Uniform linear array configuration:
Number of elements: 48
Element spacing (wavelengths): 1
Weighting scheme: binomial
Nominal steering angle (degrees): -60
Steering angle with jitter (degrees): -59.748
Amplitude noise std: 0.05
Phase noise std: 0.05

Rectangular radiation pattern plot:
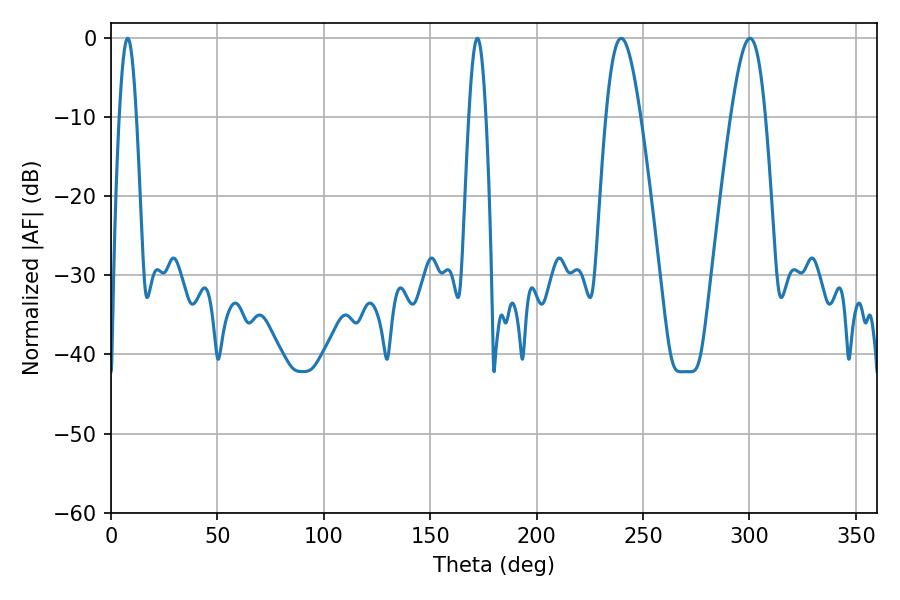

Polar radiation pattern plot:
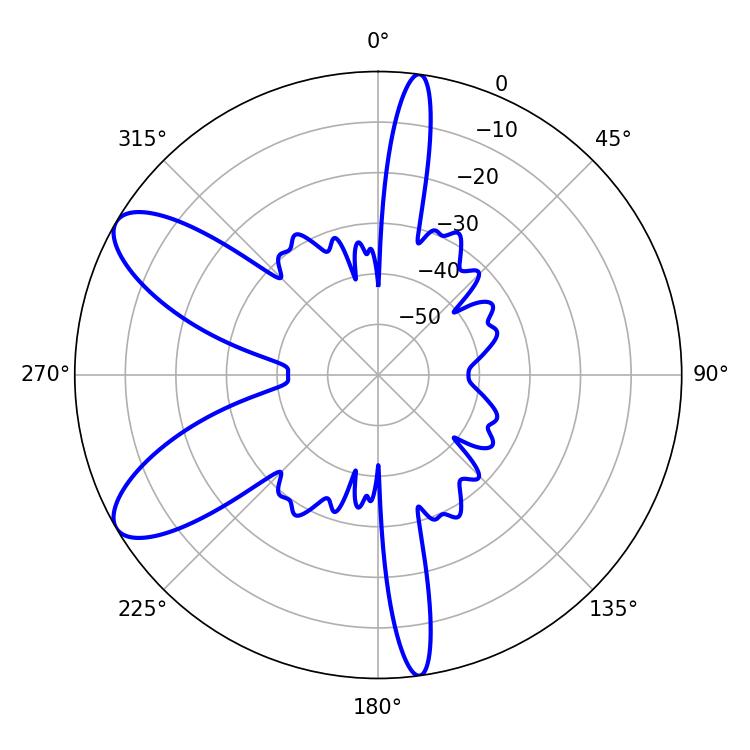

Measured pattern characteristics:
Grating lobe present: TRUE
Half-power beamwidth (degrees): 8.82
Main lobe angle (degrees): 239.76